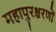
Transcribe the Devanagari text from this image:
महापुरश्चरणों